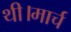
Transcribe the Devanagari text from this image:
थी।मार्च